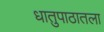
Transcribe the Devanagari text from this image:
धातुपाठातला